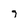
Character: 7